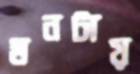
মনটায়